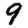
Digit: 9